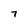
Character: 7